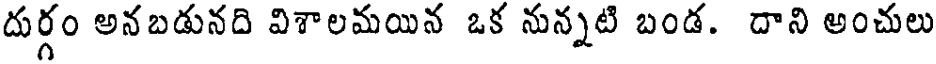
దుర్గం అనబడునది విశాలమయిన ఒక నున్నటి బండ. దాని అంచులు